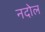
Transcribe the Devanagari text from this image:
नदोल